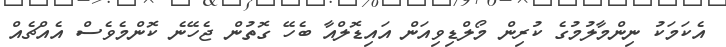
އެކަމަކު ނިންމާލުމުގެ ކުރިން މޯލްޑިވިއަން އައިޑޮލްއާ ބެހޭ ގޮތުން ޖެހޭނެ ކޮންމެވެސް އެއްޗެއް